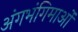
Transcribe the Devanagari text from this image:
अंगभंगिमाओं